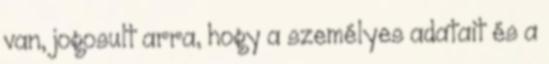
van, jogosult arra, hogy a személyes adatait és a